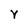
Character: Y